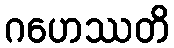
ဂဟေဿတိ